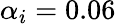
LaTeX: \alpha_{i}=0.06